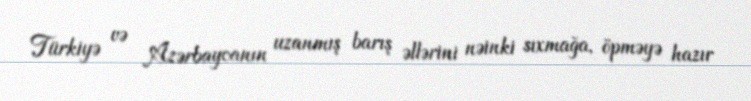
Türkiyə və Azərbaycanın uzanmış barış əllərini nəinki sıxmağa, öpməyə hazır